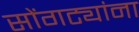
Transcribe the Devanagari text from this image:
सोंगट्यांना